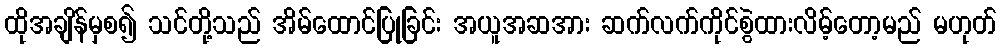
ထိုအချိန်မှစ၍ သင်တို့သည် အိမ်ထောင်ပြုခြင်း အယူအဆအား ဆက်လက်ကိုင်စွဲထားလိမ့်တော့မည် မဟုတ်